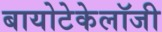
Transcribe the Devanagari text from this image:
बायोटेकेलॉजी